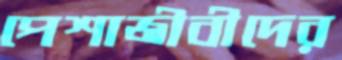
পেশাজীবীদের